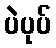
ပဲပုပ်